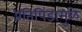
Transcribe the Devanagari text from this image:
प्रतिपिंडामुळे